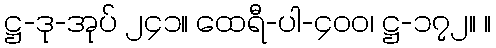
ဋ္ဌ-ဒု-အုပ် ၂၄၁။ ထေရီ-ပါ-၄၀၀၊ ဋ္ဌ-၁၇၂။ ။